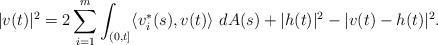
LaTeX: \begin{align*} |v(t)|^2 = 2\sum_{i=1}^m \int_{(0,t]} \langle v_i^{\ast}(s), v(t) \rangle\, \,dA(s) + |h(t)|^2 - |v(t)-h(t)|^2.\end{align*}